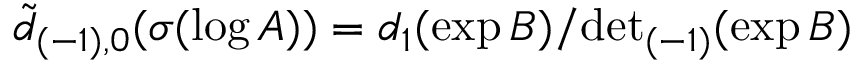
\tilde { d } _ { ( - 1 ) , 0 } ( \sigma ( \log A ) ) = d _ { 1 } ( \exp B ) / { \operatorname * { d e t } } _ { ( - 1 ) } ( \exp B )